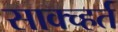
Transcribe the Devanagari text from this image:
साक्च्हर्त